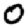
Digit: 0